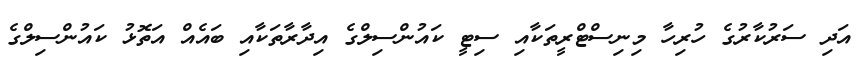
އަދި ސަރުކާރުގެ ހުރިހާ މިނިސްޓްރީތަކާއި ސިޓީ ކައުންސިލްގެ އިދާރާތަކާއި ބައެއް އަތޮޅު ކައުންސިލްގެ